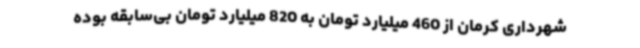
شهرداری کرمان از 460 میلیارد تومان به 820 میلیارد تومان بی‌سابقه بوده